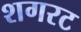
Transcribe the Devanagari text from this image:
शगरट